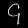
Digit: ၄